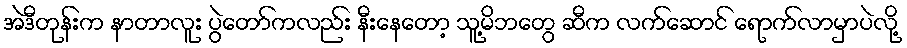
အဲဒီတုန်းက နာတာလူး ပွဲတော်ကလည်း နီးနေတော့ သူ့မိဘတွေ ဆီက လက်ဆောင် ရောက်လာမှာပဲလို့